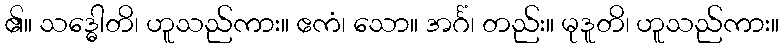
၏။ သဒ္ဓေါတိ၊ ဟူသည်ကား။ ဧကံ၊ သော။ အင်္ဂံ၊ တည်း။ မုဒူတိ၊ ဟူသည်ကား။